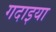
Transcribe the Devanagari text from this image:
गदाइया